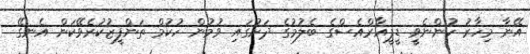
އޭނާ މިހާރު ހުންނެވީ ޑީޕީއާރްއެސްގެ ބެލުމުގެ ދަށުގައި ވުމުން ހުކުމް ތަންފީޒުކުރެވޭކަން އެނގޭ